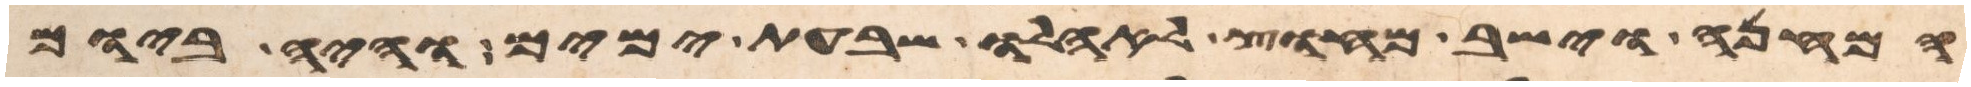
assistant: המחנה וישב מחוץ לאהלו שבעת ימים והיה ביום